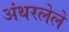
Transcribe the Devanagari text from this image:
अंथरलेले